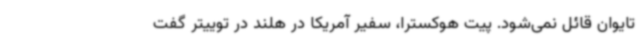
تایوان قائل نمی‌شود. پیت هوکسترا، سفیر آمریکا در هلند در توییتر گفت